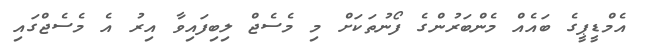
އެމްޑީޕީގެ ބައެއް މެންބަރުންގެ ފޯނުތަކަށް މި މެސެޖް ލިބިފައިވާ އިރު އެ މެސެޖްގައި